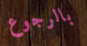
بالرجوع